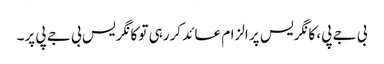
بی جے پی، کانگریس پر الزام عائد کررہی تو کانگریس بی جے پی پر۔